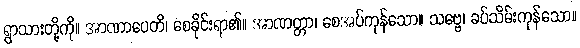
ရွာသားတို့ကို။ အာဏာပေတိ၊ စေခိုင်းရာ၏။ အာဏတ္တာ၊ စေအပ်ကုန်သော။ သဗ္ဗေ၊ ခပ်သိမ်းကုန်သော။